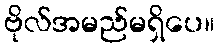
ဗိုလ်အမည်မရှိပေ။